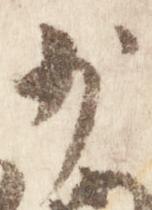
少